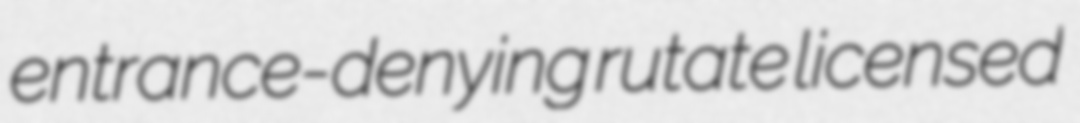
entrance-denying rutate licensed